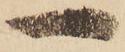
一